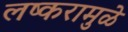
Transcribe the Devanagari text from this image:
लष्करामुळे